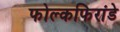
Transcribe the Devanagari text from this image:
फोल्कफिरांडे